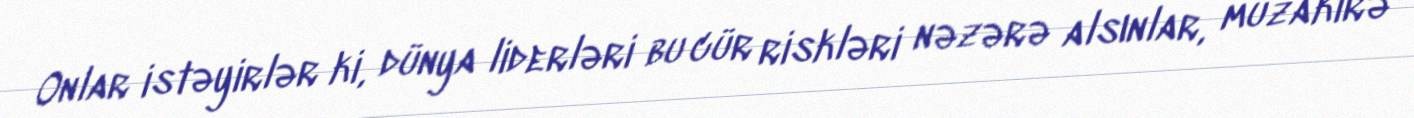
Onlar istəyirlər ki, dünya liderləri bu cür riskləri nəzərə alsınlar, müzakirə